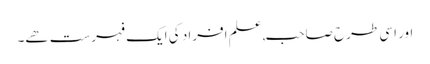
اور اسی طرح صاحب,علم افراد کی ایک فہرست ھے۔